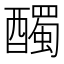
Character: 𲆼